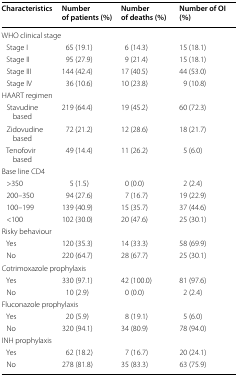
<table><thead><tr><td><b>Characteristics</b></td><td><b>Number of patients (%)</b></td><td><b>Number of deaths (%)</b></td><td><b>Number of OI (%)</b></td></tr></thead><tbody><tr><td colspan="4">WHO clinical stage</td></tr><tr><td> Stage I</td><td>65 (19.1)</td><td>6 (14.3)</td><td>15 (18.1)</td></tr><tr><td> Stage II</td><td>95 (27.9)</td><td>9 (21.4)</td><td>15 (18.1)</td></tr><tr><td> Stage III</td><td>144 (42.4)</td><td>17 (40.5)</td><td>44 (53.0)</td></tr><tr><td> Stage IV</td><td>36 (10.6)</td><td>10 (23.8)</td><td>9 (10.8)</td></tr><tr><td colspan="4">HAART regimen</td></tr><tr><td> Stavudine based</td><td>219 (64.4)</td><td>19 (45.2)</td><td>60 (72.3)</td></tr><tr><td> Zidovudine based</td><td>72 (21.2)</td><td>12 (28.6)</td><td>18 (21.7)</td></tr><tr><td> Tenofovir based</td><td>49 (14.4)</td><td>11 (26.2)</td><td>5 (6.0)</td></tr><tr><td colspan="4">Base line CD4</td></tr><tr><td> &gt;350</td><td>5 (1.5)</td><td>0 (0.0)</td><td>2 (2.4)</td></tr><tr><td> 200–350</td><td>94 (27.6)</td><td>7 (16.7)</td><td>19 (22.9)</td></tr><tr><td> 100–199</td><td>139 (40.9)</td><td>15 (35.7)</td><td>37 (44.6)</td></tr><tr><td> &lt;100</td><td>102 (30.0)</td><td>20 (47.6)</td><td>25 (30.1)</td></tr><tr><td colspan="4">Risky behaviour</td></tr><tr><td> Yes</td><td>120 (35.3)</td><td>14 (33.3)</td><td>58 (69.9)</td></tr><tr><td> No</td><td>220 (64.7)</td><td>28 (67.7)</td><td>25 (30.1)</td></tr><tr><td colspan="4">Cotrimoxazole prophylaxis</td></tr><tr><td> Yes</td><td>330 (97.1)</td><td>42 (100.0)</td><td>81 (97.6)</td></tr><tr><td> No</td><td>10 (2.9)</td><td>0 (0.0)</td><td>2 (2.4)</td></tr><tr><td colspan="4">Fluconazole prophylaxis</td></tr><tr><td> Yes</td><td>20 (5.9)</td><td>8 (19.1)</td><td>5 (6.0)</td></tr><tr><td> No</td><td>320 (94.1)</td><td>34 (80.9)</td><td>78 (94.0)</td></tr><tr><td colspan="4">INH prophylaxis</td></tr><tr><td> Yes</td><td>62 (18.2)</td><td>7 (16.7)</td><td>20 (24.1)</td></tr><tr><td> No</td><td>278 (81.8)</td><td>35 (83.3)</td><td>63 (75.9)</td></tr></tbody></table>